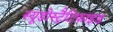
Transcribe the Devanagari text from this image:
स्यूडोस्ट्रैटिफ़ाइड